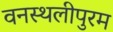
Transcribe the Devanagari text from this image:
वनस्थलीपुरम